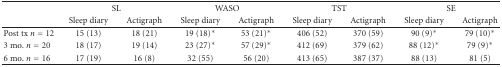
<table><thead><tr><td><b> </b></td><td colspan="2"><b>SL</b></td><td colspan="2"><b>WASO</b></td><td colspan="2"><b>TST</b></td><td colspan="2"><b>SE</b></td></tr><tr><td><b> </b></td><td><b>Sleep diary</b></td><td><b>Actigraph</b></td><td><b>Sleep diary</b></td><td><b>Actigraph</b></td><td><b>Sleep diary</b></td><td><b>Actigraph</b></td><td><b>Sleep diary</b></td><td><b>Actigraph</b></td></tr></thead><tbody><tr><td>Post tx <i>n</i> = 12</td><td>15 (13)</td><td>18 (21)</td><td>19 (18)<sup>∗</sup></td><td>53 (21)<sup>∗</sup></td><td>406 (52)</td><td>370 (59)</td><td>90 (9)<sup>∗</sup></td><td>79 (10)<sup>∗</sup></td></tr><tr><td>3 mo. <i>n</i> = 20</td><td>18 (17)</td><td>19 (14)</td><td>23 (27)<sup>∗</sup></td><td>57 (29)<sup>∗</sup></td><td>412 (69)</td><td>379 (62)</td><td>88 (12)<sup>∗</sup></td><td>79 (9)<sup>∗</sup></td></tr><tr><td>6 mo. <i>n</i> = 16</td><td>17 (19)</td><td>16 (8)</td><td>32 (55)</td><td>56 (20)</td><td>413 (65)</td><td>387 (37)</td><td>88 (13)</td><td>81 (5)</td></tr></tbody></table>